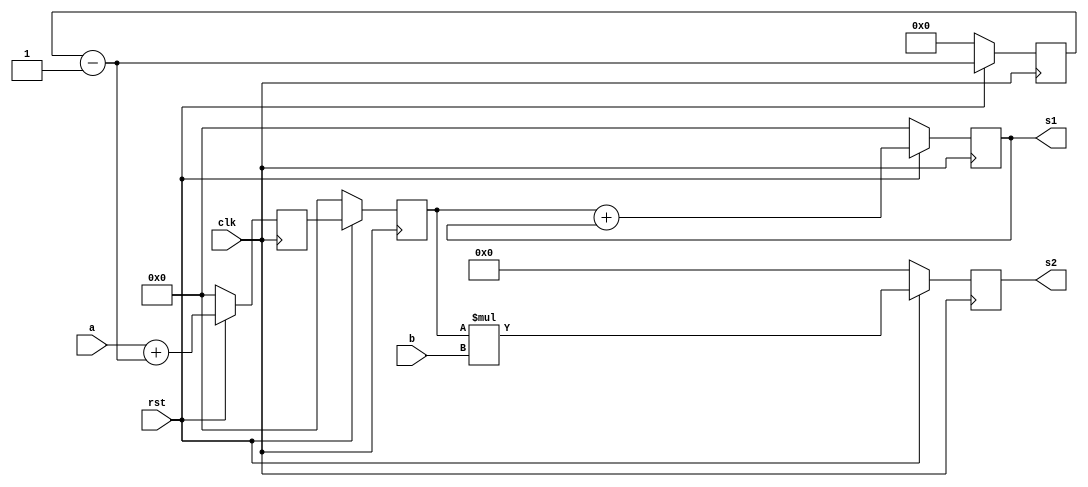
module Assignment2(input [7:0] a, b, input clk, rst, output  reg [7:0]  s1, output reg [15:0] s2);

reg [7:0] R_8bits1, R_8bits2, R_Pass1, R_Pass2, A_Res1, c;
reg [15:0] R_16bits;
reg [5:0] count;


/*always @( posedge clk ) 
if(!rst) 
	
	count <= 0;
	
else	
	count <= count - 1;*/



always @( posedge clk ) 
if(!rst) begin
	R_8bits1 = 0;
	count = 0;
	A_Res1 = R_8bits1 + {2'b00,count};
	end
else	begin
	R_8bits1 = a;
	count = count - 1;
	A_Res1 = R_8bits1 + {2'b00,count};
	end



always @( posedge clk )

if(!rst)
	R_Pass1 = 0;

else
	R_Pass1 = A_Res1;



always @( posedge clk )

if(!rst)
	s1 = 0;

else
	s1 = R_Pass1 + s1;



always @( posedge clk )

if(!rst)begin
	R_Pass2 = 0;
	R_8bits2 = 0;
	R_16bits = R_Pass2 * R_8bits2;
	s2 = R_16bits;
	end
else	begin
	R_Pass2 = R_Pass1;
	R_8bits2 = b;
	R_16bits = R_Pass2 * R_8bits2;
	s2 = R_16bits;
	end


endmodule




module Assignment_jufeng;

reg [7:0] a, b;
wire [7:0] s1;
wire [15:0] s2;
reg rst, clk;

Assignment2 A1(.a(a), .b(b), .clk(clk), .rst(rst), .s1(s1), .s2(s2));

initial
	begin
	//a = 5;
	//b = 7;
	clk = 0;
	rst = 0;
	#10 rst = 1;
	#5 a = 5;
	   b = 7;
	#1000 $stop;
	end


always #5 clk = ~clk;

endmodule